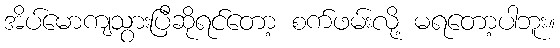
အိပ်မောကျသွားပြီဆိုရင်တော့ စက်ဖမ်းလို့ မရတော့ပါဘူး။